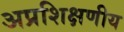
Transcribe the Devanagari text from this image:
अप्रशिक्षणीय